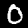
Label: 0